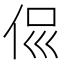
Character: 𠈉